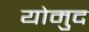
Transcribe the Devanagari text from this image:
योमुद